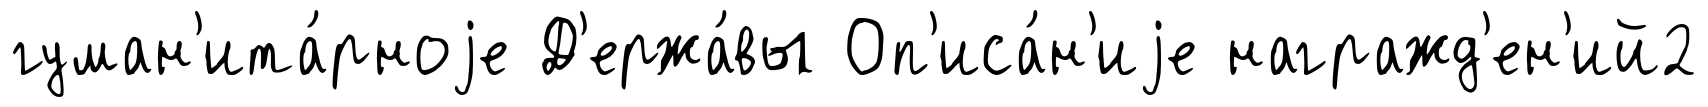
гуман'ита́рноjе Д'ержа́вы Оп'иса́н'иjе награжд'ен'ий2